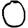
Digit: 0